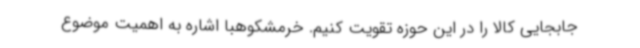
جابجایی کالا را در این حوزه تقویت کنیم. خرمشکوهبا اشاره به اهمیت موضوع